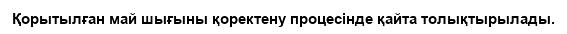
Қорытылған май шығыны қоректену процесінде қайта толықтырылады.